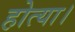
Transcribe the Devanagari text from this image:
होत्या।